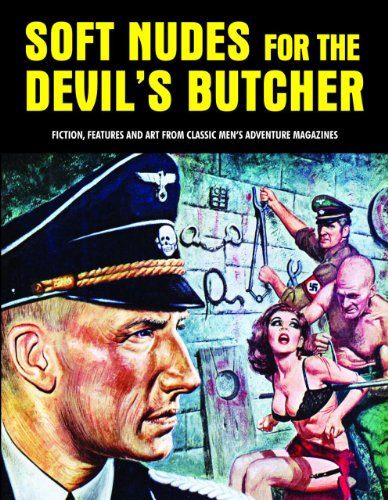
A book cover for Soft Nudes For The Devil's Butcher: Fiction, Features And Art From Classic Men's Adventure Magazines (Pulp Mayhem); Literature & Fiction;